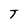
Character: T